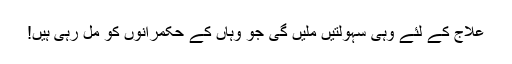
علاج کے لئے وہی سہولتیں ملیں گی جو وہاں کے حکمرانوں کو مل رہی ہیں!